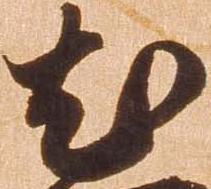
尤